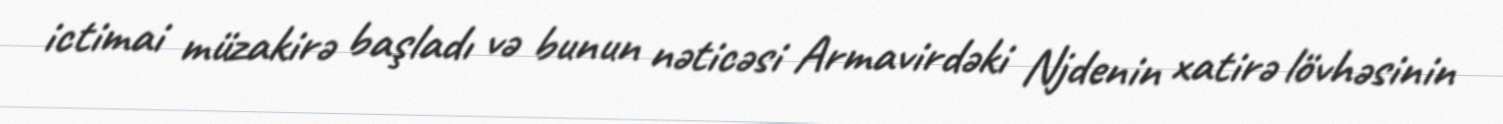
ictimai müzakirə başladı və bunun nəticəsi Armavirdəki Njdenin xatirə lövhəsinin